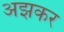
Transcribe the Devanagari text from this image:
अझकर